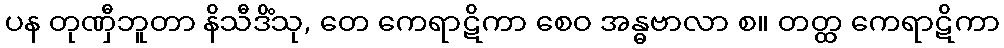
ပန တုဏှီဘူတာ နိသီဒိံသု, တေ ကေရာဋိကာ စေဝ အန္ဓဗာလာ စ။ တတ္ထ ကေရာဋိကာ